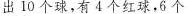
出10个球，有4个红球，6个